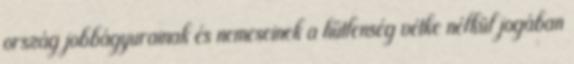
ország jobbágyurainak és nemeseinek a hűtlenség vétke nélkül jogában